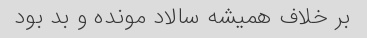
بر خلاف همیشه سالاد مونده و بد بود